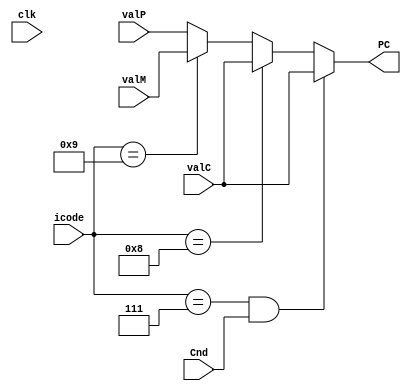
module pc_update(PC,icode,Cnd,valC,valM,valP,clk);
input clk;
input [3:0]icode;
input Cnd;
input [63:0]valC;
input [63:0]valM;
input [63:0]valP;
output reg [63:0]PC;

reg [63:0]new_pc;
always @(*)
begin
	if(icode==4'h7 && Cnd==1'b1)	//jxx
        new_pc<=valC;
	else if(icode==4'h8)	//call
        new_pc<=valC;
	else if(icode==4'h9)	//ret
        new_pc<=valM;
	else
        new_pc<=valP;
    PC<=new_pc; //check timing
end

endmodule